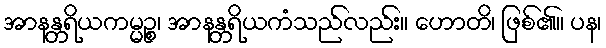
အာနန္တရိယကမ္မဉ္စ၊ အာနန္တရိယကံသည်လည်း။ ဟောတိ၊ ဖြစ်၏။ ပန၊